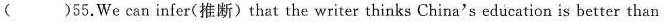
( )55.We can infer(推断)that the writer thinks China's education is better than